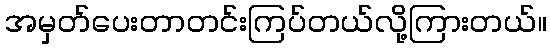
အမှတ်ပေးတာတင်းကြပ်တယ်လို့ကြားတယ်။